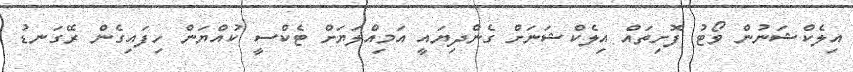
އިލެކްޝަނުން ވޯޓު ފޮށިތައް އިލެކްޝަނަށް ގެންދިޔައީ އަމިއްލަޔަށް ޓެކްސީ ކުއްޔަން ހިފައިގެން ރޭގަނޑު